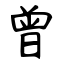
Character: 曾